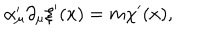
\alpha _ { \mu } ^ { \prime } \partial _ { \mu } \xi ^ { \prime } ( x ) = m \chi ^ { \prime } ( x ) ,